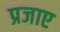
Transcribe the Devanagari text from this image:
प्रजाए